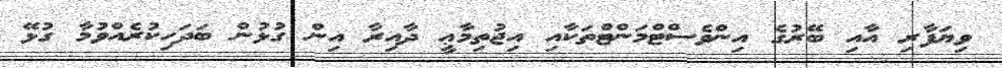
ވިޔަފާރި އާއި ބޭރުގެ އިންވެސްޓްމަންޓްތަކާއި އިޖުތިމާޢީ ދާއިރާ އިން ގުޅުން ބަދަހިކުރެއްވުމާ ގުޅޭ